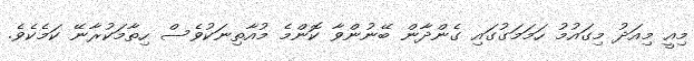
މިއީ މިއަދު މިގައުމު ހަމަމަގުގައި ގެންދާން ބޭނުންވާ ކޮންމެ މުއާތިނަކުވެސް ހިތާމަކުރާނޭ ކަމެކެވެ.